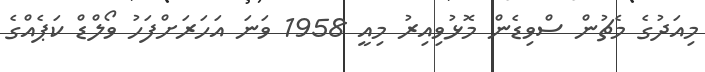
މިއަދުގެ މެޗުން ސްވިޑެން މޮޅުވިއިރު މިއީ 1958 ވަނަ އަހަރަށްފަހު ވޯލްޑް ކަޕެއްގެ